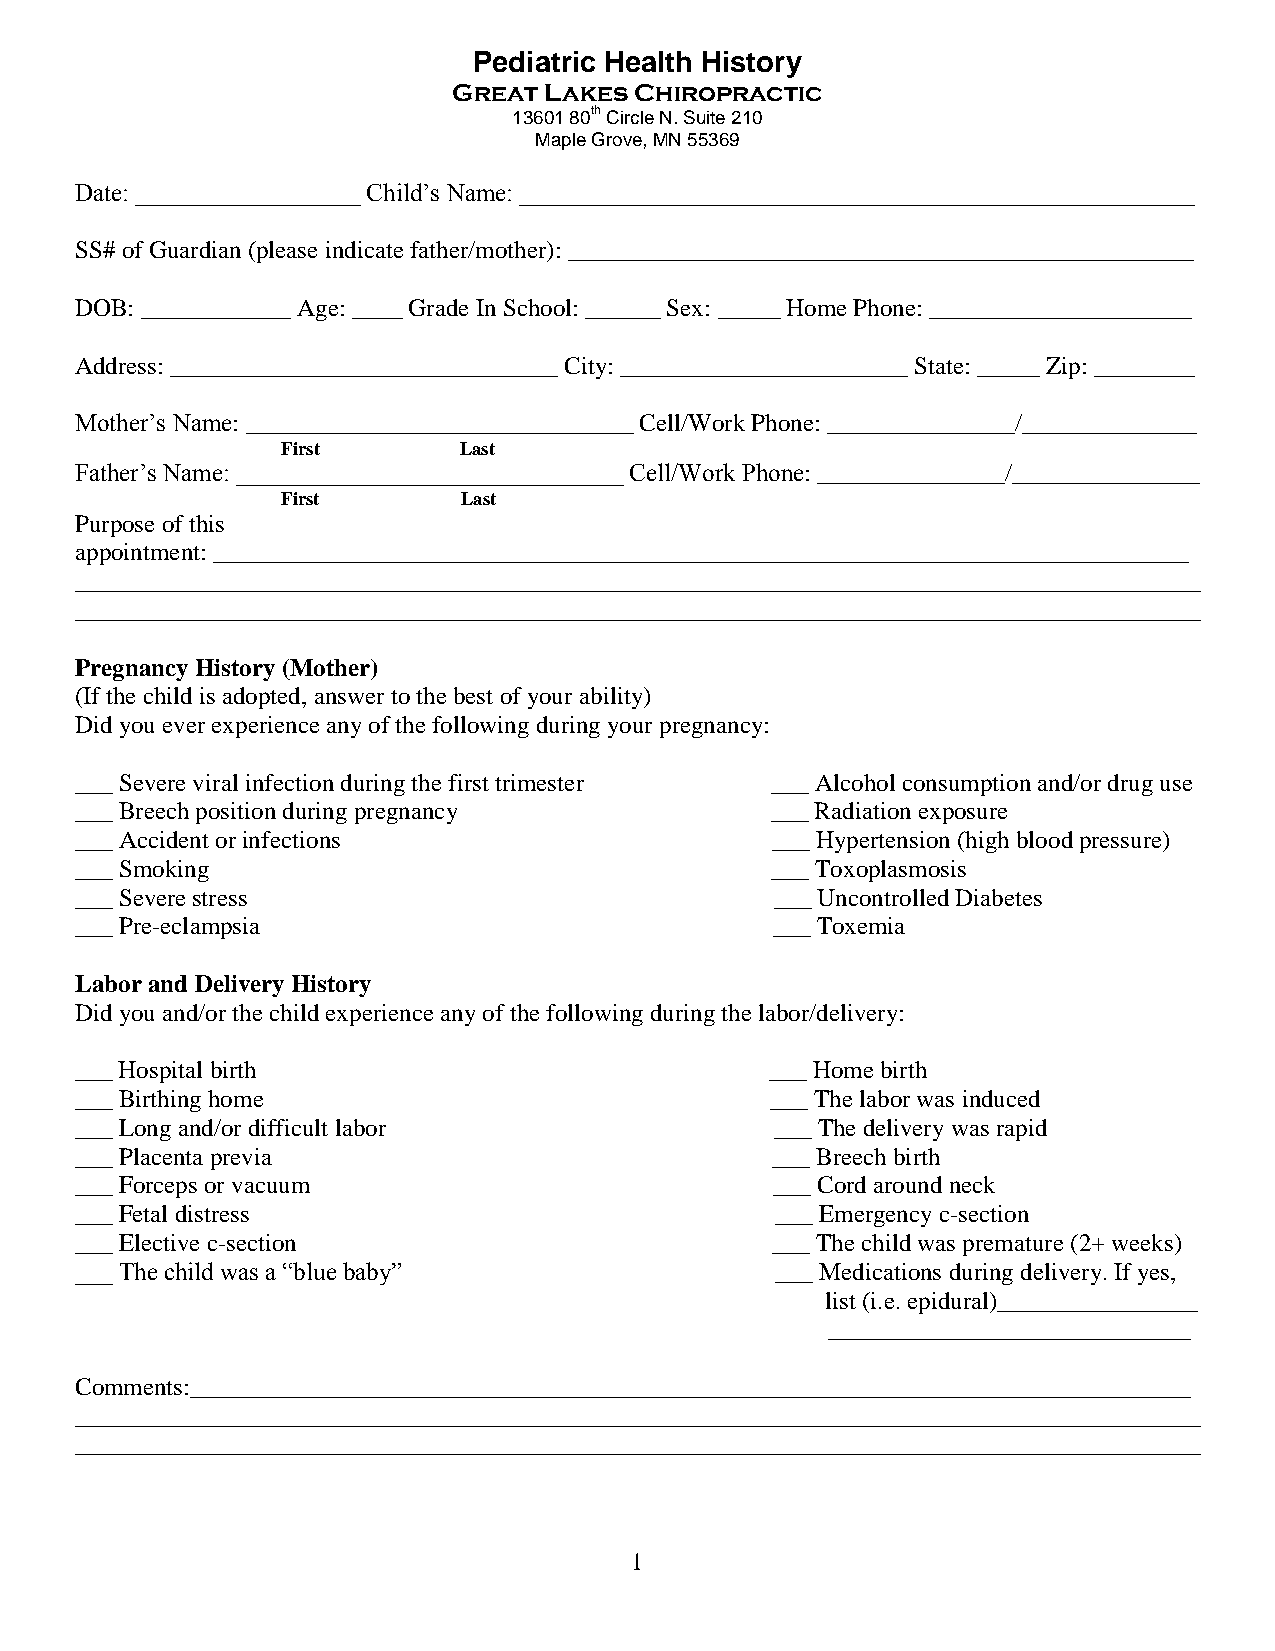
Pediatric Health History
 Great Lakes Chiropractic
 13601 80th Circle N. Suite 210
 Maple Grove, MN 55369
 Date: __________________ Child’s Name: ______________________________________________________
 SS# of Guardian (please indicate father/mother): __________________________________________________
 DOB: ____________ Age: ____ Grade In School: ______ Sex: _____ Home Phone: _____________________
 Address: _______________________________ City: _______________________ State: _____ Zip: ________
 Mother’s Name: _______________________________ Cell/Work Phone: _______________/______________
 First      Last
 Father’s Name: _______________________________ Cell/Work Phone: _______________/_______________
 First       Last
 Purpose of this
 appointment: ______________________________________________________________________________
 __________________________________________________________________________________________
 __________________________________________________________________________________________
 Pregnancy History (Mother)
 (If the child is adopted, answer to the best of your ability)
 Did you ever experience any of the following during your pregnancy:
 ___ Severe viral infection during the first trimester ___ Alcohol consumption and/or drug use
 ___ Breech position during pregnancy          ___ Radiation exposure
 ___ Accident or infections                    ___ Hypertension (high blood pressure)
 ___ Smoking                                   ___ Toxoplasmosis
 ___ Severe stress                             ___ Uncontrolled Diabetes
 ___ Pre-eclampsia                             ___ Toxemia
 Labor and Delivery History
 Did you and/or the child experience any of the following during the labor/delivery:
 ___ Hospital birth                            ___ Home birth
 ___ Birthing home                             ___ The labor was induced
 ___ Long and/or difficult labor               ___ The delivery was rapid
 ___ Placenta previa                           ___ Breech birth
 ___ Forceps or vacuum                         ___ Cord around neck
 ___ Fetal distress                            ___ Emergency c-section
 ___ Elective c-section                        ___ The child was premature (2+ weeks)
 ___ The child was a “blue baby”               ___ Medications during delivery. If yes,
 list (i.e. epidural)________________
 _____________________________
 Comments:________________________________________________________________________________
 __________________________________________________________________________________________
 __________________________________________________________________________________________
 1